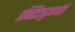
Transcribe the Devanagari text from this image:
इन्स्टिट्यूटमध्येही